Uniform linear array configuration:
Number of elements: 8
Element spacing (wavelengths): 0.75
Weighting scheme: kaiser
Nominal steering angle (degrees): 45
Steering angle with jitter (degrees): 44.296
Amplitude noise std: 0.05
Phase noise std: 0.05

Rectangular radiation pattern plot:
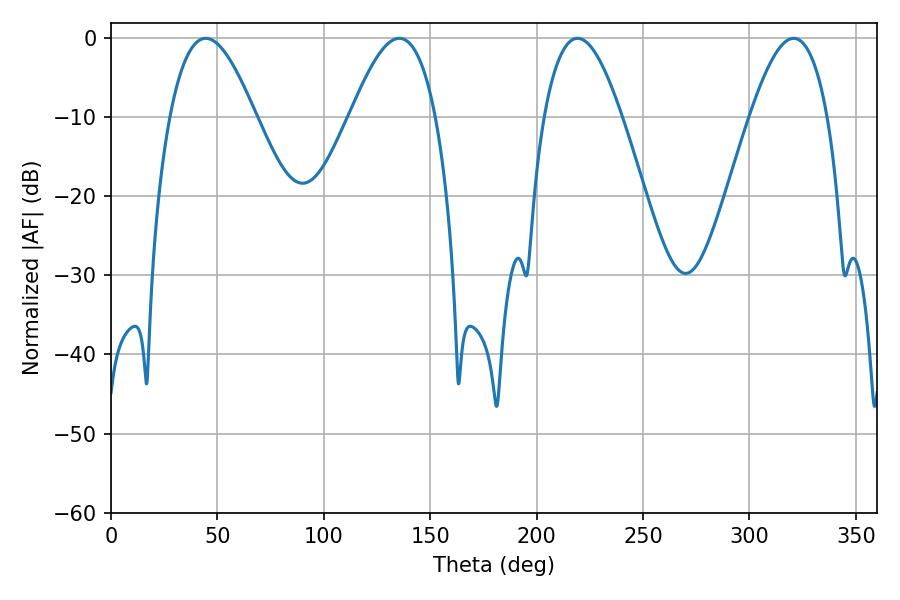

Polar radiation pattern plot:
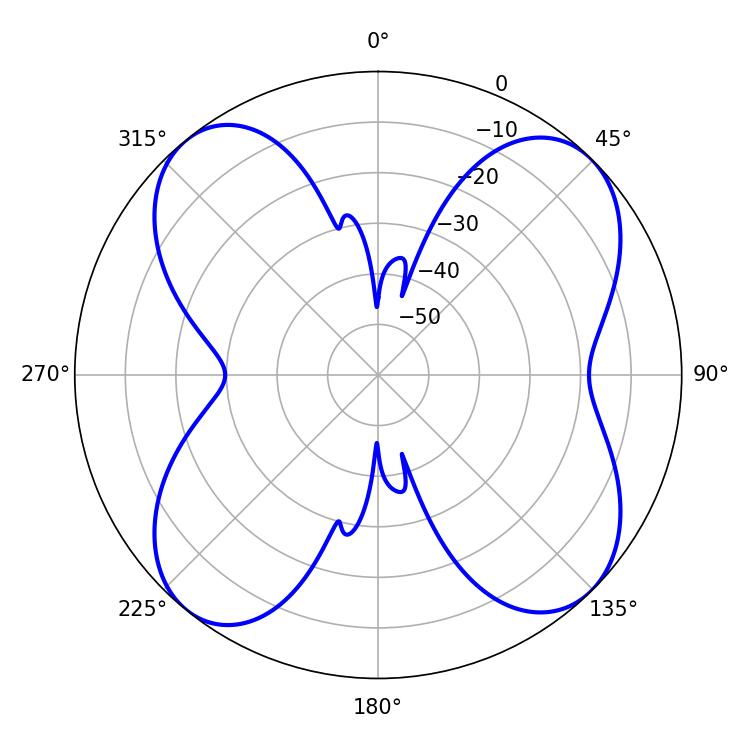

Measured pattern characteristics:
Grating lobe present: TRUE
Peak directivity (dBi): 12.386
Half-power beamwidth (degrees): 19.8
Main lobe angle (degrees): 320.76